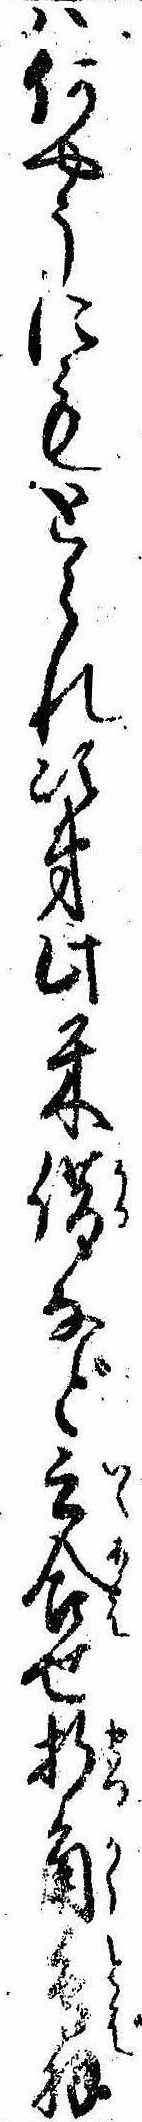
は何やうにもとられ次第此米借など言合せ折角鳥羽